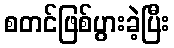
စတင်ဖြစ်ပွားခဲ့ပြီး